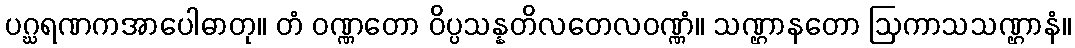
ပဂ္ဃရဏကအာပေါဓာတု။ တံ ဝဏ္ဏတော ဝိပ္ပသန္နတိလတေလဝဏ္ဏံ။ သဏ္ဌာနတော ဩကာသသဏ္ဌာနံ။